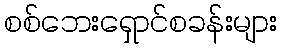
စစ်ဘေးရှောင်စခန်းများ